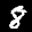
Label: 8